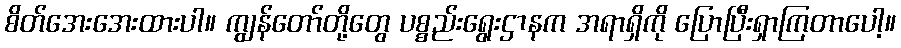
စိတ်အေးအေးထားပါ။ ကျွန်တော်တို့တွေ ပစ္စည်းရွေးဌာနက အရာရှိကို ပြောပြီးရှာကြတာပေါ့။